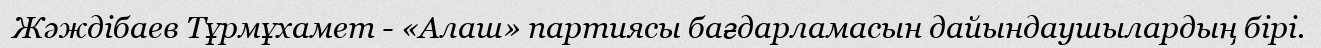
Жәждібаев Тұрмұхамет - «Алаш» партиясы бағдарламасын дайындаушылардың бірі.